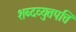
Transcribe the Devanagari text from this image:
शब्दव्युतपत्ति